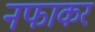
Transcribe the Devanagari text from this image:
नफाकर